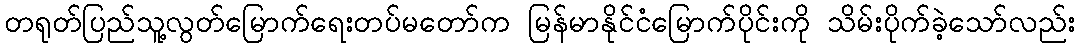
တရုတ်ပြည်သူ့လွတ်မြောက်ရေးတပ်မတော်က မြန်မာနိုင်ငံမြောက်ပိုင်းကို သိမ်းပိုက်ခဲ့သော်လည်း